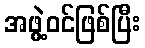
အဖွဲ့ဝင်ဖြစ်ပြီး